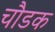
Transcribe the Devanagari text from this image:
चौडक